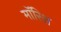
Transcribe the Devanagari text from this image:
मॉरिश